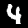
Label: 4